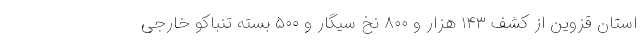
استان قزوین از کشف ۱۴۳ هزار و ۸۰۰ نخ سیگار و ۵۰۰ بسته تنباکو خارجی